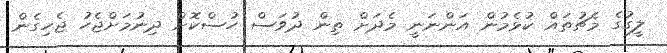
ލީގުގެ މެޗުތައް ކުޅެމުން އަންނަނީ މެދަށް ތިން ދުވަސް ހުސްކޮށް ދިނުމަށްޖެހު ޖެހިގެން